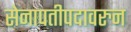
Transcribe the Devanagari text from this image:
सेनापतीपदावरुन